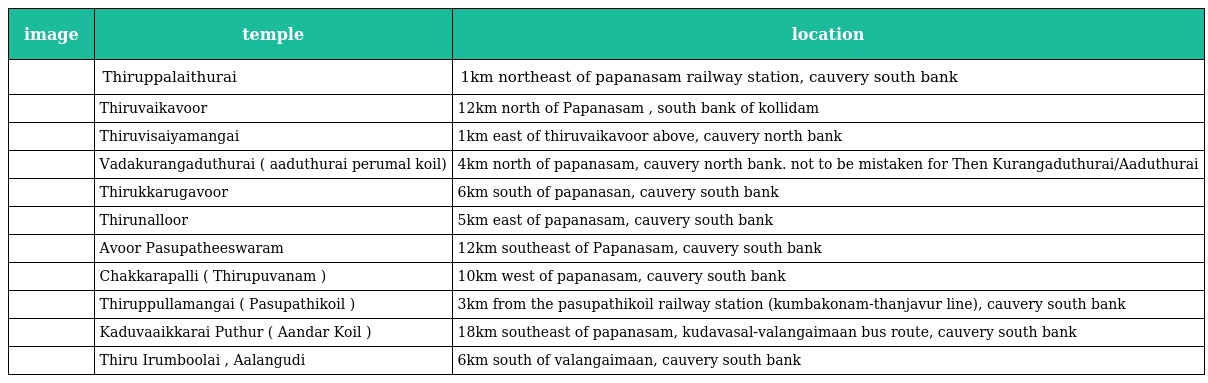
| image | temple | location |
 | --- | --- | --- |
 |  | Thiruppalaithurai | 1km northeast of papanasam railway station, cauvery south bank |
 |  | Thiruvaikavoor | 12km north of Papanasam , south bank of kollidam |
 |  | Thiruvisaiyamangai | 1km east of thiruvaikavoor above, cauvery north bank |
 |  | Vadakurangaduthurai ( aaduthurai perumal koil) | 4km north of papanasam, cauvery north bank. not to be mistaken for Then Kurangaduthurai/Aaduthurai |
 |  | Thirukkarugavoor | 6km south of papanasan, cauvery south bank |
 |  | Thirunalloor | 5km east of papanasam, cauvery south bank |
 |  | Avoor Pasupatheeswaram | 12km southeast of Papanasam, cauvery south bank |
 |  | Chakkarapalli ( Thirupuvanam ) | 10km west of papanasam, cauvery south bank |
 |  | Thiruppullamangai ( Pasupathikoil ) | 3km from the pasupathikoil railway station (kumbakonam-thanjavur line), cauvery south bank |
 |  | Kaduvaaikkarai Puthur ( Aandar Koil ) | 18km southeast of papanasam, kudavasal-valangaimaan bus route, cauvery south bank |
 |  | Thiru Irumboolai , Aalangudi | 6km south of valangaimaan, cauvery south bank |